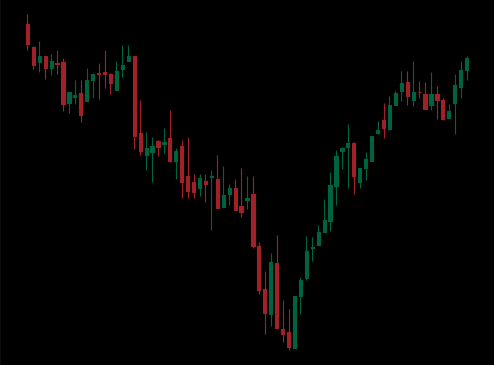
Pattern: inverse_head_shoulders